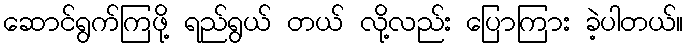
ဆောင်ရွက်ကြဖို့ ရည်ရွယ် တယ် လို့လည်း ပြောကြား ခဲ့ပါတယ်။